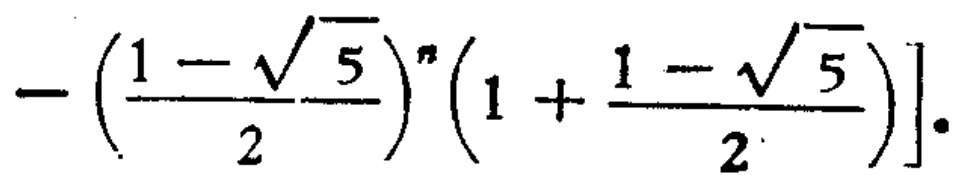
\(-\left(\frac{1 - \sqrt{5}}{2}\right)^{n}\left(1 + \frac{1 - \sqrt{5}}{2}\right)\]